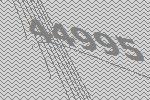
44995